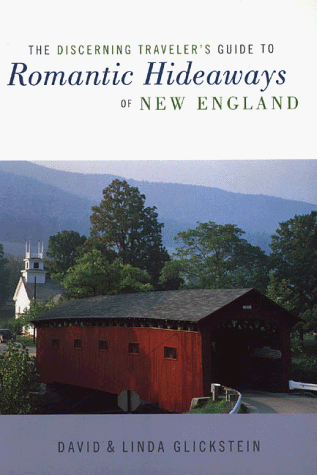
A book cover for The Discerning Traveler's Guide to Romantic Hideaways of New England; David Glickstein; Travel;